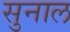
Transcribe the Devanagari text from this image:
सुनाल